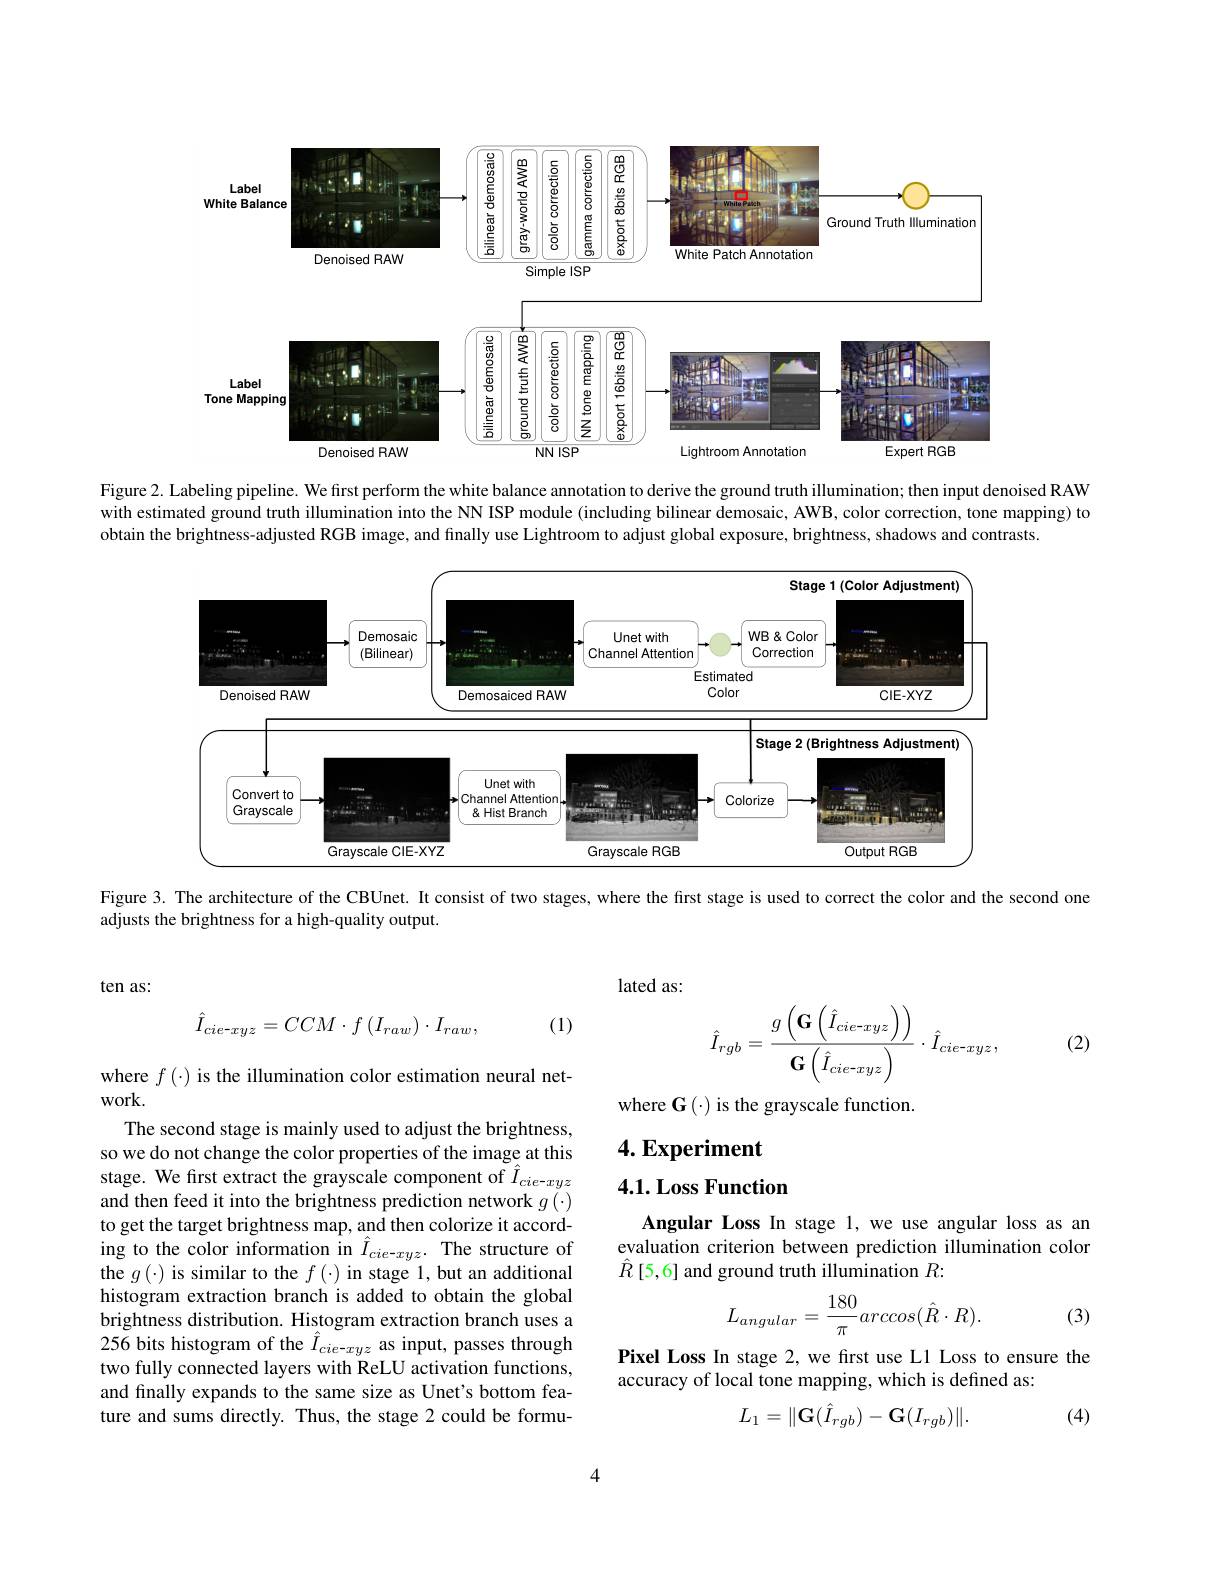
<FigureHere>

Figure 2. Labeling pipeline. We first perform the white balance annotation to derive the ground truth illumination; then input denoised RAW with estimated ground truth illumination into the NN ISP module (including bilinear demosaic, AWB, color correction, tone mapping) to obtain the brightness-adjusted RGB image, and finally use Lightroom to adjust global exposure, brightness, shadows and contrasts

<FigureHere>

Figure 3. The architecture of the CBUnet. It consist of two stages, where the first stage is used to correct the color and the second one

adjusts the brightness for a high-quality output.

ten as:
$$\hat{I}_{cie-xyz}=CCM\cdot f\left(I_{raw}\right)\cdot I_{raw},$$
(1)

where $f\left(\cdot\right)$ is the illumination color estimation neural net-
work.
The second stage is mainly used to adjust the brightness, so we do not change the color properties of the image at this stage. We first extract the grayscale component of $\tilde{\hat{I}}_{cie-xyz}$ and then feed it into the brightness prediction network $g(\cdot)$ to get the target brightness map, and then colorize it according to the color information in $\hat{I}_{cie-xyz}.$ The structure of the $g(\cdot)$ is similar to the $f(\cdot)$ in stage 1,but an additional histogram extraction branch is added to obtain the global brightness distribution. Histogram extraction branch uses a 256 bits histogram of the $\hat{I}_cie-xyz$ as input, passes through two fully connected layers with ReLU activation functions, and finally expands to the same size as Unet's bottom feature and sums directly. Thus, the stage 2 could be formu-

lated as:
$$\hat{I}_{rgb}=\frac{g\left(\mathbf{G}\left(\hat{I}_{cie-xyz}\right)\right)}{\mathbf{G}\left(\hat{I}_{cie-xyz}\right)}\cdot\hat{I}_{cie-xyz},$$
(2)

where $\mathbf{G}\left(\cdot\right)$is the grayscale function.

$4. \textbf{Experiment}$

4.1. Loss Function

Angular Loss In stage 1, we use angular loss as an evaluation criterion between prediction illumination color $\hat{R}$[5,6] and ground truth illumination $R:$
$$L_{angular}=\frac{180}{\pi}arccos(\hat{R}\cdot R).$$
(3)

Pixel Loss In stage 2, we first use L1 Loss to ensure the
accuracy of local tone mapping, which is defined as
$$L_1=\|\mathbf{G}(\hat{I}_{rgb})-\mathbf{G}(I_{rgb})\|.$$
(4)

4